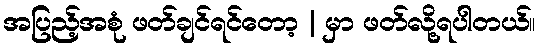
အပြည့်အစုံ ဖတ်ချင်ရင်တော့ | မှာ ဖတ်လို့ရပါတယ်။